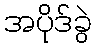
အပိုဒ်ခွဲ